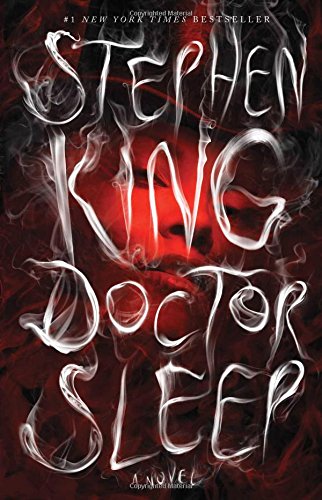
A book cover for Doctor Sleep; Stephen King; Mystery, Thriller & Suspense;